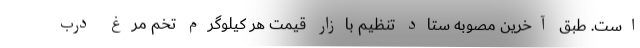
است. طبق آخرین مصوبه ستاد تنظیم بازار قیمت هر کیلوگرم تخم مرغ درب